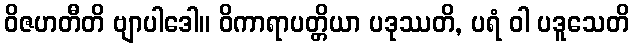
ဝိဇဟတီတိ ဗျာပါဒေါ။ ဝိကာရာပတ္တိယာ ပဒုဿတိ, ပရံ ဝါ ပဒူသေတိ